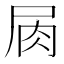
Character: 𡱎